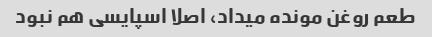
طعم روغن مونده میداد، اصلا اسپایسی هم نبود